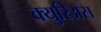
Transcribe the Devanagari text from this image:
क्युरिअस